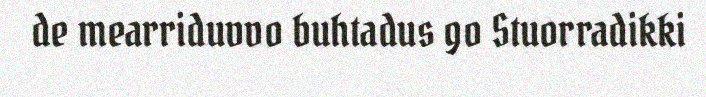
de mearriduvvo buhtadus go Stuorradikki